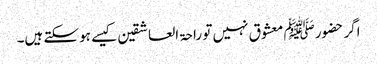
اگر حضورﷺ معشوق نہیں تو راحۃ العاشقین کیسے ہوسکتے ہیں۔